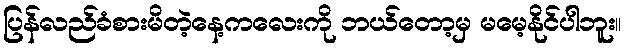
ပြန်လည်ခံစားမိတဲ့နေ့ကလေးကို ဘယ်တော့မှ မမေ့နိုင်ပါဘူး။